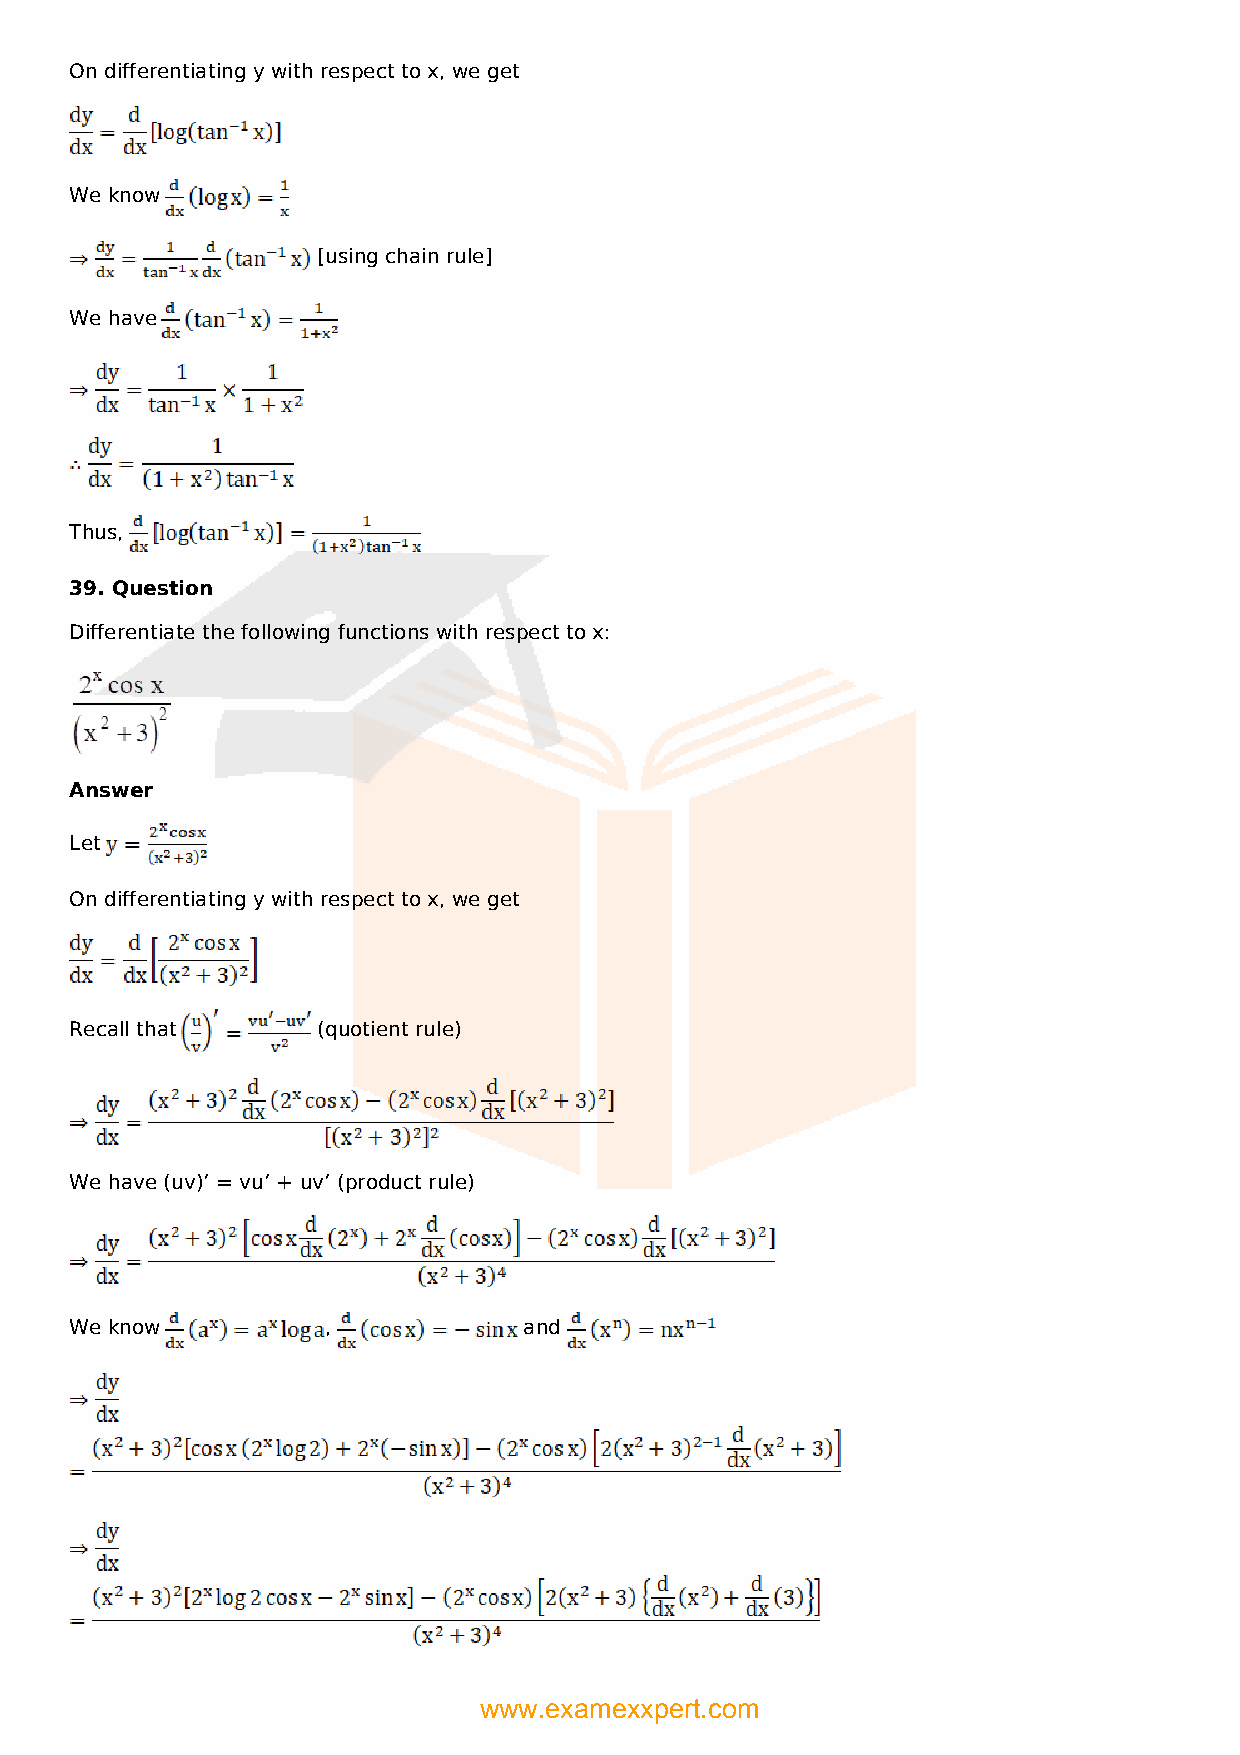
On differentiating y with respect to x, we get
 We know
 [using chain rule]
 We have
 Thus,
 39. Question
 Differentiate the following functions with respect to x:
 Answer
 Let
 On differentiating y with respect to x, we get
 Recall that     (quotient rule)
 We have (uv)’ = vu’ + uv’ (product rule)
 We know         ,             and
 www.examexxpert.com